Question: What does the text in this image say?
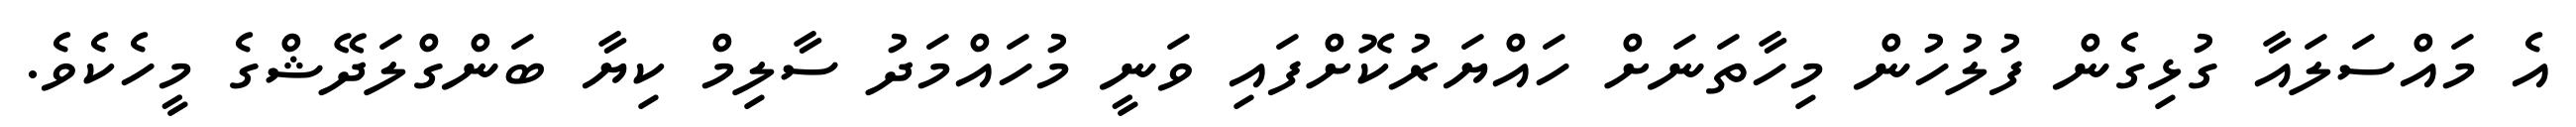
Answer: އެ މައްސަލައާ ގުޅިގެން ފުލުހުން މިހާތަނަށް ހައްޔަރުކޮށްފައި ވަނީ މުހައްމަދު ސާލިމް ކިޔާ ބަންގްލަދޭޝްގެ މީހެކެވެ.